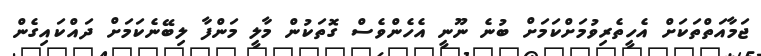
ޖަމާއަތްތަކަށް އެހީތެރިވުމަށްކަމަށް ބުނެ ނޫނީ އެހެންވެސް ގޮތަކުން މާލީ މަންފާ ލިބޭނެކަމަށް ދައްކައިގެން